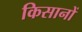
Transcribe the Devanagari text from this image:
किसानों